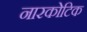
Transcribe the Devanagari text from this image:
नारकोटिक